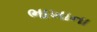
ભાખાના